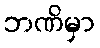
ဘဏိမှာ